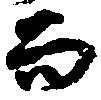
而